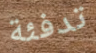
تدفئة